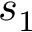
s _ { 1 }